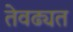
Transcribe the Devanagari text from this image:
तेवढ्यत